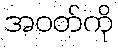
အဝတ်ကို